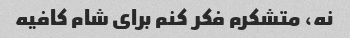
نه، متشکرم فکر کنم برای شام کافیه